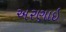
અરણાઇ